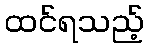
ထင်ရသည့်